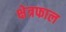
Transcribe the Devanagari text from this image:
क्षेत्रफाल